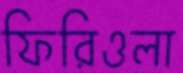
ফিরিওলা